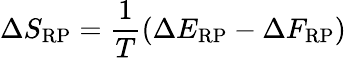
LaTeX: \Delta S_{\mathrm{RP}}=\frac{1}{T}\left(\Delta E_{\mathrm{RP}}-\Delta F_{\mathrm{RP}}\right)